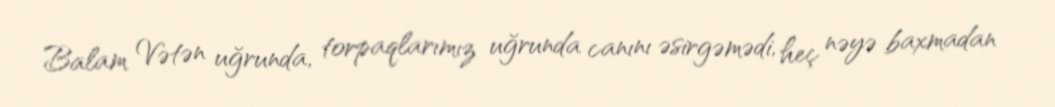
Balam Vətən uğrunda, torpaqlarımız uğrunda canını əsirgəmədi, heç nəyə baxmadan